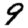
Digit: 9